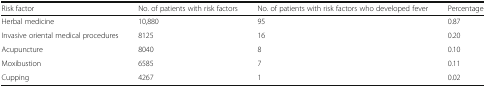
<table><thead><tr><td><b>Risk factor</b></td><td><b>No. of patients with risk factors</b></td><td><b>No. of patients with risk factors who developed fever</b></td><td><b>Percentage</b></td></tr></thead><tbody><tr><td>Herbal medicine</td><td>10,880</td><td>95</td><td>0.87</td></tr><tr><td>Invasive oriental medical procedures</td><td>8125</td><td>16</td><td>0.20</td></tr><tr><td>Acupuncture</td><td>8040</td><td>8</td><td>0.10</td></tr><tr><td>Moxibustion</td><td>6585</td><td>7</td><td>0.11</td></tr><tr><td>Cupping</td><td>4267</td><td>1</td><td>0.02</td></tr></tbody></table>